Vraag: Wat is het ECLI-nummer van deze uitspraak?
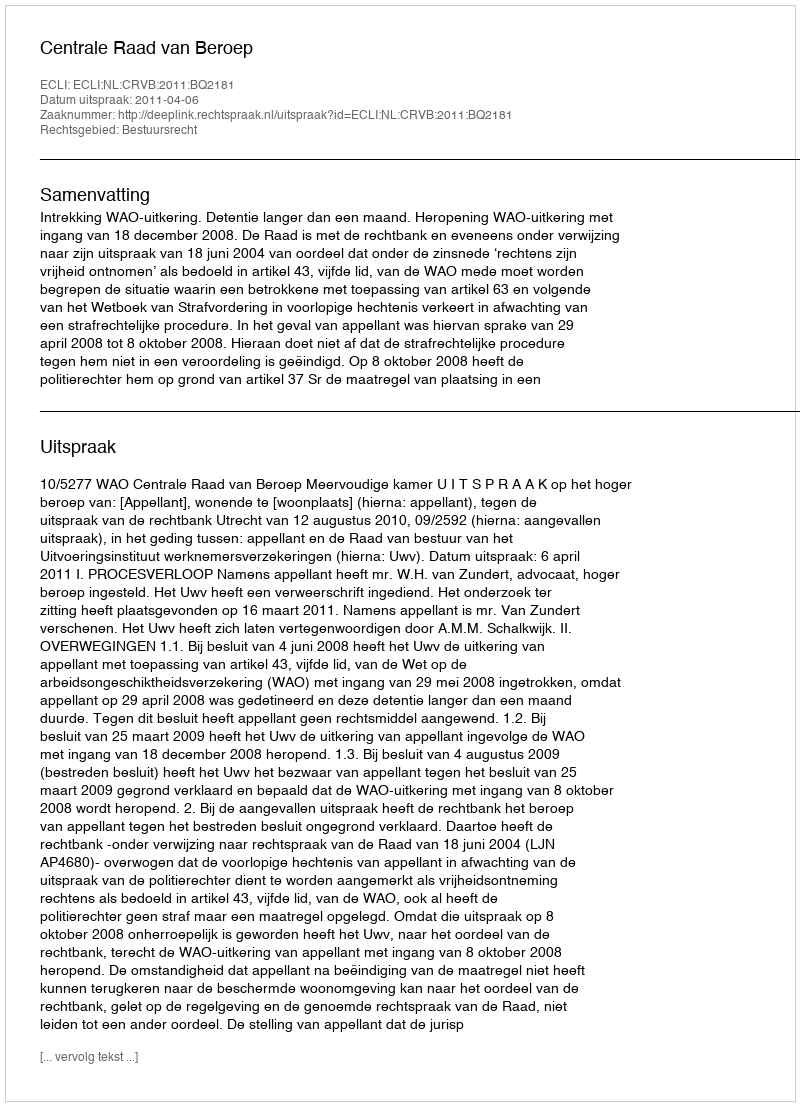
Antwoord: ECLI:NL:CRVB:2011:BQ2181